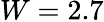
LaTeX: W=2.7